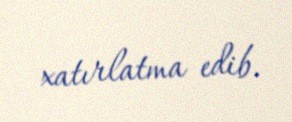
xatırlatma edib.